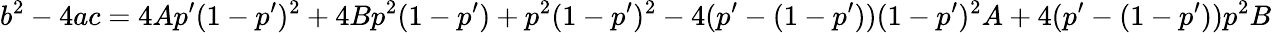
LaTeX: b^{2}-4ac=4Ap^{\prime}(1-p^{\prime})^{2}+4Bp^{2}(1-p^{\prime})+p^{2}(1-p^{\prime})^{2}-4(p^{\prime}-(1-p^{\prime}))(1-p^{\prime})^{2}A+4(p^{\prime}-(1-p^{\prime}))p^{2}B